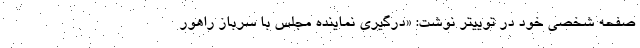
صفحه شخصی خود در توییتر نوشت: «درگیری نماینده مجلس با سرباز راهور